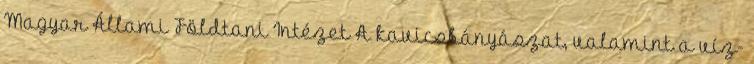
Magyar Állami Földtani Intézet A kavicsbányászat, valamint a víz-